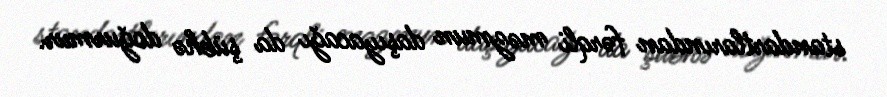
standartlarından fərqli məzmun daşıyacağı da şübhə doğurmur.